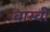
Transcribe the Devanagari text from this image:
वास्वी